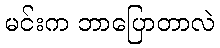
မင်းက ဘာပြောတာလဲ